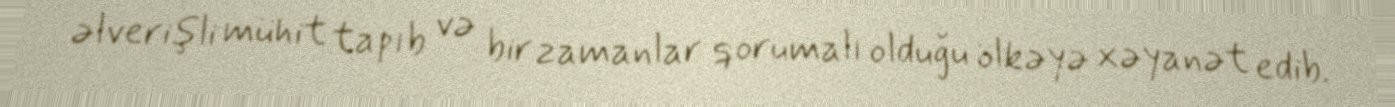
əlverişli mühit tapıb və bir zamanlar qorumalı olduğu ölkəyə xəyanət edib.